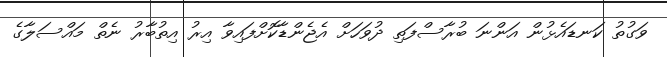
ވަގުތު ކަނޑައެޅުން އަންނަ ބުރާސްފަތި ދުވަހަށް އެޖެންޑާކޮށްފައިވާ އިރު އިތުބާރު ނެތް މައްސަލާގެ